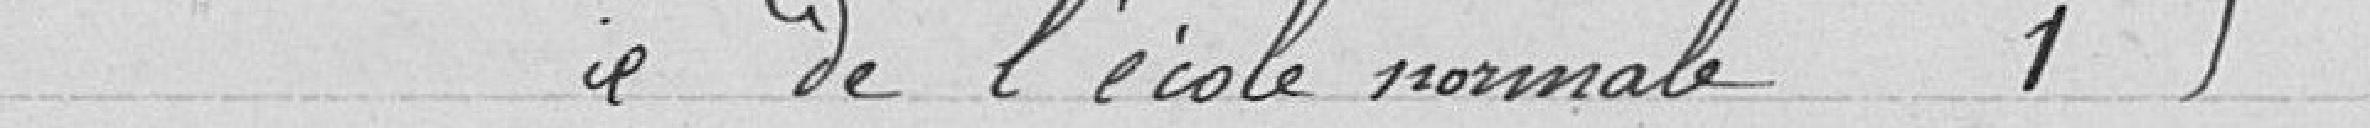
Idem de l'école normale  1